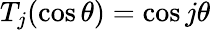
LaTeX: T_{j}(\cos\theta)=\cos j\theta